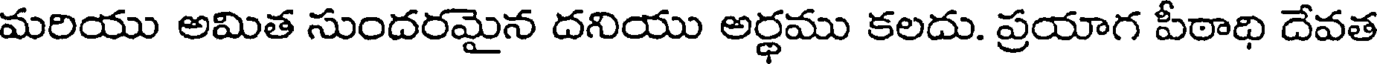
మరియు అమిత సుందరమైన దనియు అర్థము కలదు. ప్రయాగ పీఠాధి దేవత